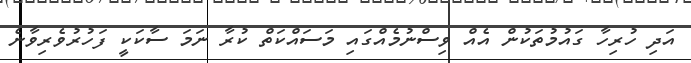
އަދި ހުރިހާ ގައުމުތަކުން އެއް ވިސްނުމެއްގައި މަސައްކަތް ކުރާ ނަމަ ސާކަކީ ފަހުރުވެރިވާނެ